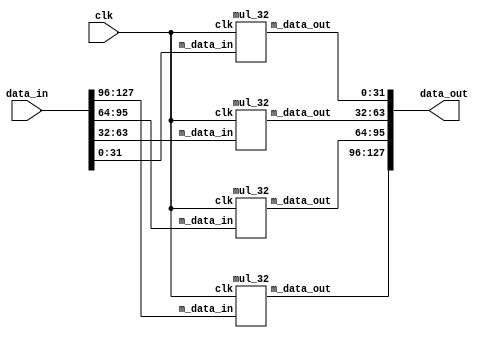
`timescale 1ns / 1ps

module mixcolumn(clk,data_in,data_out);
input clk;
input [127:0] data_in;
output  [127:0] data_out;

wire  [31:0] n1,n2,n3,n4;
wire  [31:0] n_tmp_out1, n_tmp_out2, n_tmp_out3, n_tmp_out4;




assign n1 = data_in[127:96];
assign n2=data_in[95:64];
assign n3=data_in[63:32];
assign n4=data_in[31:0];

mul_32 m1 (clk,n1,n_tmp_out1);
mul_32 m2 (clk,n2,n_tmp_out2);
mul_32 m3 (clk,n3,n_tmp_out3);
mul_32 m4 (clk,n4,n_tmp_out4);

assign data_out={n_tmp_out1,n_tmp_out2,n_tmp_out3,n_tmp_out4};

endmodule

module mul_2(clk,data_in,data_out);
input[7:0] data_in;
input clk;
output reg [7:0]data_out;
 
always@(posedge clk)
data_out<={data_in[6:0],1'b0} ^ (8'h1b & {8{data_in[7]}});

endmodule


module mul_3(clk,data_in,data_out);
input clk;
input [7:0]data_in;
output  [7:0] data_out;
wire [7:0]tmp_out;

mul_2  m1(clk,data_in,tmp_out);
assign  data_out=tmp_out^data_in;
endmodule


//////////////////////////////////////
/*
module mul_e(clk,data_in,data_out);
input clk;
input [7:0]data_in;
output  [7:0] data_out;
wire [7:0]tmp_out;

mul_2  m1(clk,data_in,tmp_out);
mb0e=multiply(x,3) ^ multiply(x,2)^ multiply(x,1);
assign  data_out=tmp_out^data_in;
endmodule
*/
///////////////////////////////////////


module mul_32(clk,m_data_in,m_data_out);
input clk;
input [31:0]m_data_in;
output [31:0] m_data_out;

wire [7:0] tmp1,tmp2,tmp3,tmp4;
wire [7:0] ma0,ma1,ma2,ma3;
wire [7:0] m2_tmp_out1,m2_tmp_out2,m2_tmp_out3,m2_tmp_out4;
wire [7:0] m3_tmp_out1,m3_tmp_out2,m3_tmp_out3,m3_tmp_out4;



assign tmp1=m_data_in[31:24];
assign tmp2=m_data_in[23:16];
assign tmp3=m_data_in[15:8];
assign tmp4=m_data_in[7:0];


mul_2 m1 (clk,tmp1,m2_tmp_out1);
mul_2 m2 (clk,tmp2,m2_tmp_out2);
mul_2 m3 (clk,tmp3,m2_tmp_out3);
mul_2 m4 (clk,tmp4,m2_tmp_out4);


mul_3 m5( clk,tmp1,m3_tmp_out1);
mul_3 m6( clk,tmp2,m3_tmp_out2);
mul_3 m7( clk,tmp3,m3_tmp_out3);
mul_3 m8( clk,tmp4,m3_tmp_out4);


assign ma0 = m2_tmp_out1 ^m3_tmp_out2^tmp3^tmp4;
assign ma1 = tmp1 ^m2_tmp_out2 ^m3_tmp_out3 ^ tmp4;
assign ma2 = tmp1^tmp2 ^ m2_tmp_out3 ^m3_tmp_out4;
assign ma3 = m3_tmp_out1 ^tmp2^tmp3^m2_tmp_out4;

assign m_data_out = {ma0,ma1,ma2,ma3};
endmodule